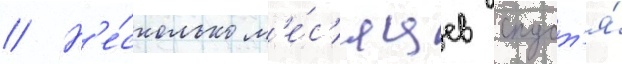
// Н'е́сколько м'е́с'яцев спуст'я́